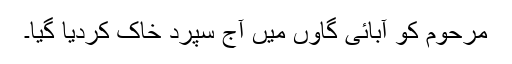
مرحوم کو آبائی گاوں میں آج سپردِ خاک کردیا گیا۔